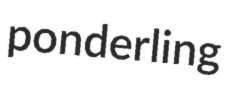
ponderling